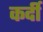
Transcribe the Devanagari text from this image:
कर्दी